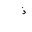
Letter: _thal